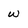
Character: w